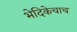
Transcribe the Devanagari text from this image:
भेदिकेचाच